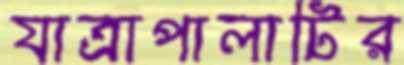
যাত্রাপালাটির